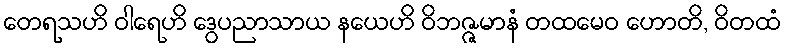
တေရသဟိ ဝါရေဟိ ဒွေပညာသာယ နယေဟိ ဝိဘဇ္ဇမာနံ တထမေဝ ဟောတိ, ဝိတထံ